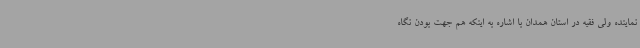
نماینده ولی فقیه در استان همدان با اشاره به اینکه هم جهت بودن نگاه